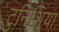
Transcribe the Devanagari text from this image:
टुनिशिया